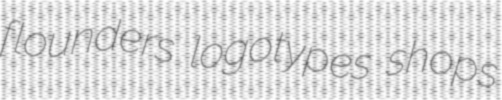
flounders logotypes shops